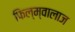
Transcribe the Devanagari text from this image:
फिल्म्वालाज